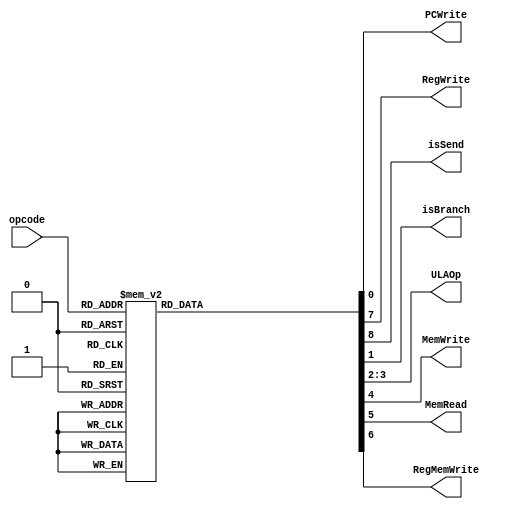
module ControlUnit (
    input wire [2:0] opcode,
    output reg PCWrite,
    output reg RegWrite,
    output reg isSend,
    output reg isBranch,
    output reg [1:0] ULAOp,
    output reg MemWrite,
    output reg MemRead,
    output reg RegMemWrite
);

  initial begin
    PCWrite = 1;
  end

  always @(opcode) begin
    case (opcode)
      3'b000: begin  // sum
        PCWrite = 1;
        isBranch = 0;
        ULAOp = 2'b00;
        MemWrite = 0;
        MemRead = 0;
        RegMemWrite = 0;
        RegWrite = 1;
        isSend = 0;
      end
      3'b001: begin  // sub
        PCWrite = 1;
        isBranch = 0;
        ULAOp = 2'b01;
        MemWrite = 0;
        MemRead = 0;
        RegMemWrite = 0;
        RegWrite = 1;
        isSend = 0;
      end
      3'b010: begin  // mul
        PCWrite = 1;
        isBranch = 0;
        ULAOp = 2'b10;
        MemWrite = 0;
        MemRead = 0;
        RegMemWrite = 0;
        RegWrite = 1;
        isSend = 0;
      end
      3'b011: begin  // lwi
        PCWrite = 1;
        isBranch = 0;
        ULAOp = 2'bxx;
        MemWrite = 0;
        MemRead = 1;
        RegMemWrite = 1;
        RegWrite = 0;
        isSend = 0;
      end
      3'b100: begin  // swi
        PCWrite = 1;
        isBranch = 0;
        ULAOp = 2'bxx;
        MemWrite = 1;
        MemRead = 0;
        RegMemWrite = 0;
        RegWrite = 0;
        isSend = 0;
      end
      3'b101: begin  // bne
        PCWrite = 1;
        isBranch = 1;
        ULAOp = 2'b01;
        MemWrite = 0;
        MemRead = 0;
        RegMemWrite = 0;
        RegWrite = 0;
        isSend = 0;
      end
      3'b110: begin  // halt
        PCWrite = 0;
        isBranch = 0;
        ULAOp = 2'b00;
        MemWrite = 0;
        MemRead = 0;
        RegMemWrite = 0;
        RegWrite = 0;
        isSend = 0;
      end
      3'b111: begin  // send
        PCWrite = 1;
        isBranch = 0;
        ULAOp = 2'bxx;
        MemWrite = 0;
        MemRead = 0;
        RegMemWrite = 0;
        RegWrite = 1;
        isSend = 1;
      end
    endcase
  end

endmodule